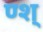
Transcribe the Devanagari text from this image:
ण्श्